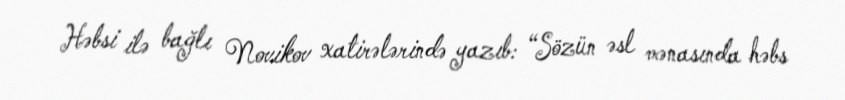
Həbsi ilə bağlı Novikov xatirələrində yazıb: “Sözün əsl mənasında həbs